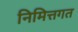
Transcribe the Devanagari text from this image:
निमित्तगत